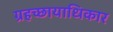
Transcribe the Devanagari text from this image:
ग्रहच्छायाधिकार